Code of medical and sanitary regulations for the guidance of medical officers serving in the Madras Presidency - Volume II
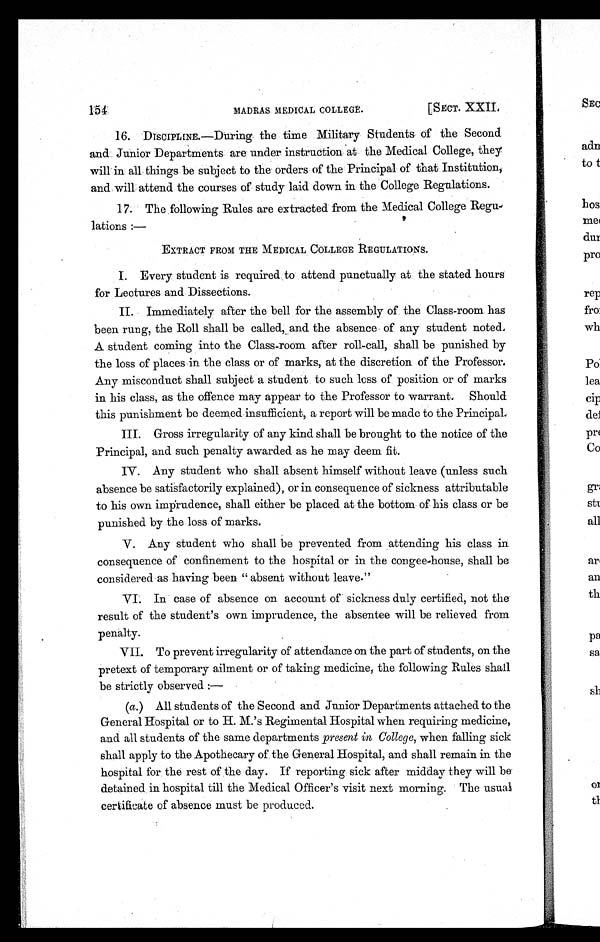
154
[SECT. XXII.
MADRAS MEDICAL COLLEGE.
16. DISCIPLINE.—During the time Military Students of the Second
and Junior Departments are under instruction at the Medical College, they
will in all things be subject to the orders of the Principal of that Institution,
and will attend the courses of study laid down in the College Regulations.
17. The following Rules are extracted from the Medical College Regu-
lations
EXTRACT FROM THE MEDICAL COLLEGE REGULATIONS.
I. Every student is required to attend punctually at the stated hours
for Lectures and Dissections.
II. Immediately after the bell for the assembly of the Class-room has
been rung, the Roll shall be called, and the absence of any student noted.
A student coming into the Class-room after roll-call, shall be punished by
the loss of places in the class or of marks, at the discretion of the Professor.
Any misconduct shall subject a student to such loss of position or of marks
in his class, as the offence may appear to the Professor to warrant. Should
this punishment be deemed insufficient, a report will be made to the Principal.
III. Gross irregularity of any kind shall be brought to the notice of the
Principal, and such penalty awarded as he may deem fit.
IV. Any student who shall absent himself without leave (unless such
absence be satisfactorily explained), or in consequence of sickness attributable
to his own imprudence, shall either be placed at the bottom of his class or be
punished by the loss of marks.
V. Any student who shall be prevented from attending his class in
consequence of confinement to the hospital or in the congee-house, shall be
considered as having been "absent without leave."
VI. In case of absence on account of sickness duly certified, not the
result of the student's own imprudence, the absentee will be relieved from
penalty.
VII. To prevent irregularity of attendance on the part of students, on the
pretext of temporary ailment or of taking medicine, the following Rules shall
be strictly observed:—
(a.) All students of the Second and Junior Departments attached to the
General Hospital or to H. M.'s Regimental Hospital when requiring medicine,
and all students of the same departments present in College, when falling sick
shall apply to the Apothecary of the General Hospital, and shall remain in the
hospital for the rest of the day. If reporting sick after midday they will be
detained in hospital till the Medical Officer's visit next morning. The usual
certificate of absence must be produced.